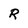
Character: R